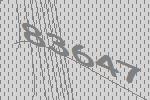
83647